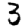
Digit: 3